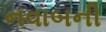
નવાબની